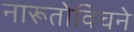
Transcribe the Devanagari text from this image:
नारूतोविचने